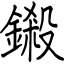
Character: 鎩